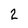
Character: 2